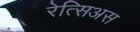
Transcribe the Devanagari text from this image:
रेत्सिअस